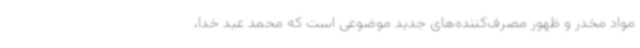
مواد مخدر و ظهور مصرف‌کننده‌های جدید موضوعی است که محمد عبد خدا،